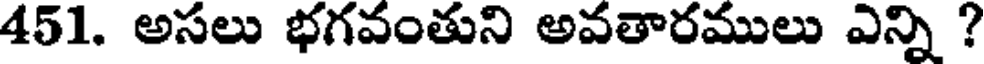
451. అసలు భగవంతుని అవతారములు ఎన్ని ?